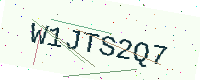
Text: W1JTS2Q7